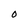
Character: 0